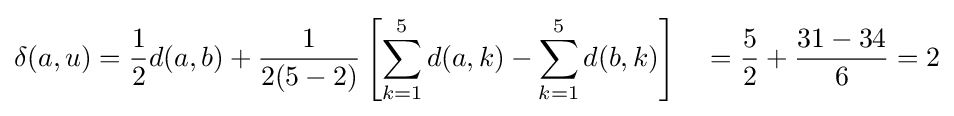
\delta (a,u)={\frac {1}{2}}d(a,b)+{\frac {1}{2(5-2)}}\left[\sum _{k=1}^{5}d(a,k)-\sum _{k=1}^{5}d(b,k)\right]\quad ={\frac {5}{2}}+{\frac {31-34}{6}}=2